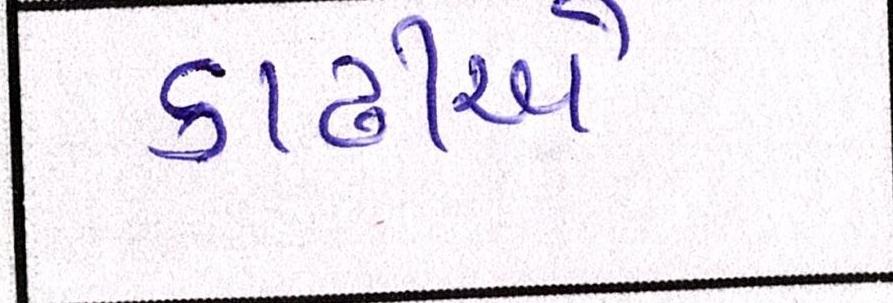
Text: કાઢીએ